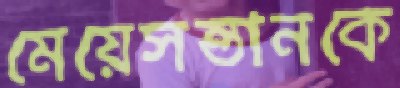
মেয়েসন্তানকে